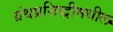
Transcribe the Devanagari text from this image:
ग्रंथप्रसिद्धीमधील